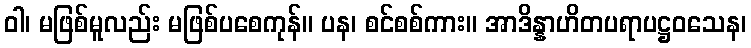
ဝါ၊ မဖြစ်မူလည်း မဖြစ်ပစေကုန်။ ပန၊ စင်စစ်ကား။ အာဒိန္နာဟိတပရာပဋ္ဌဝသေန၊